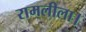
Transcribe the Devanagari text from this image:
रामलीला।